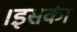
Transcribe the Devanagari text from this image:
।इसकी